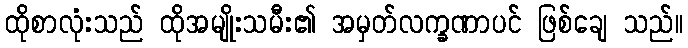
ထိုစာလုံးသည် ထိုအမျိုးသမီး၏ အမှတ်လက္ခဏာပင် ဖြစ်ချေ သည်။